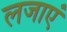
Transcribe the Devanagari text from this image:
लजाएं